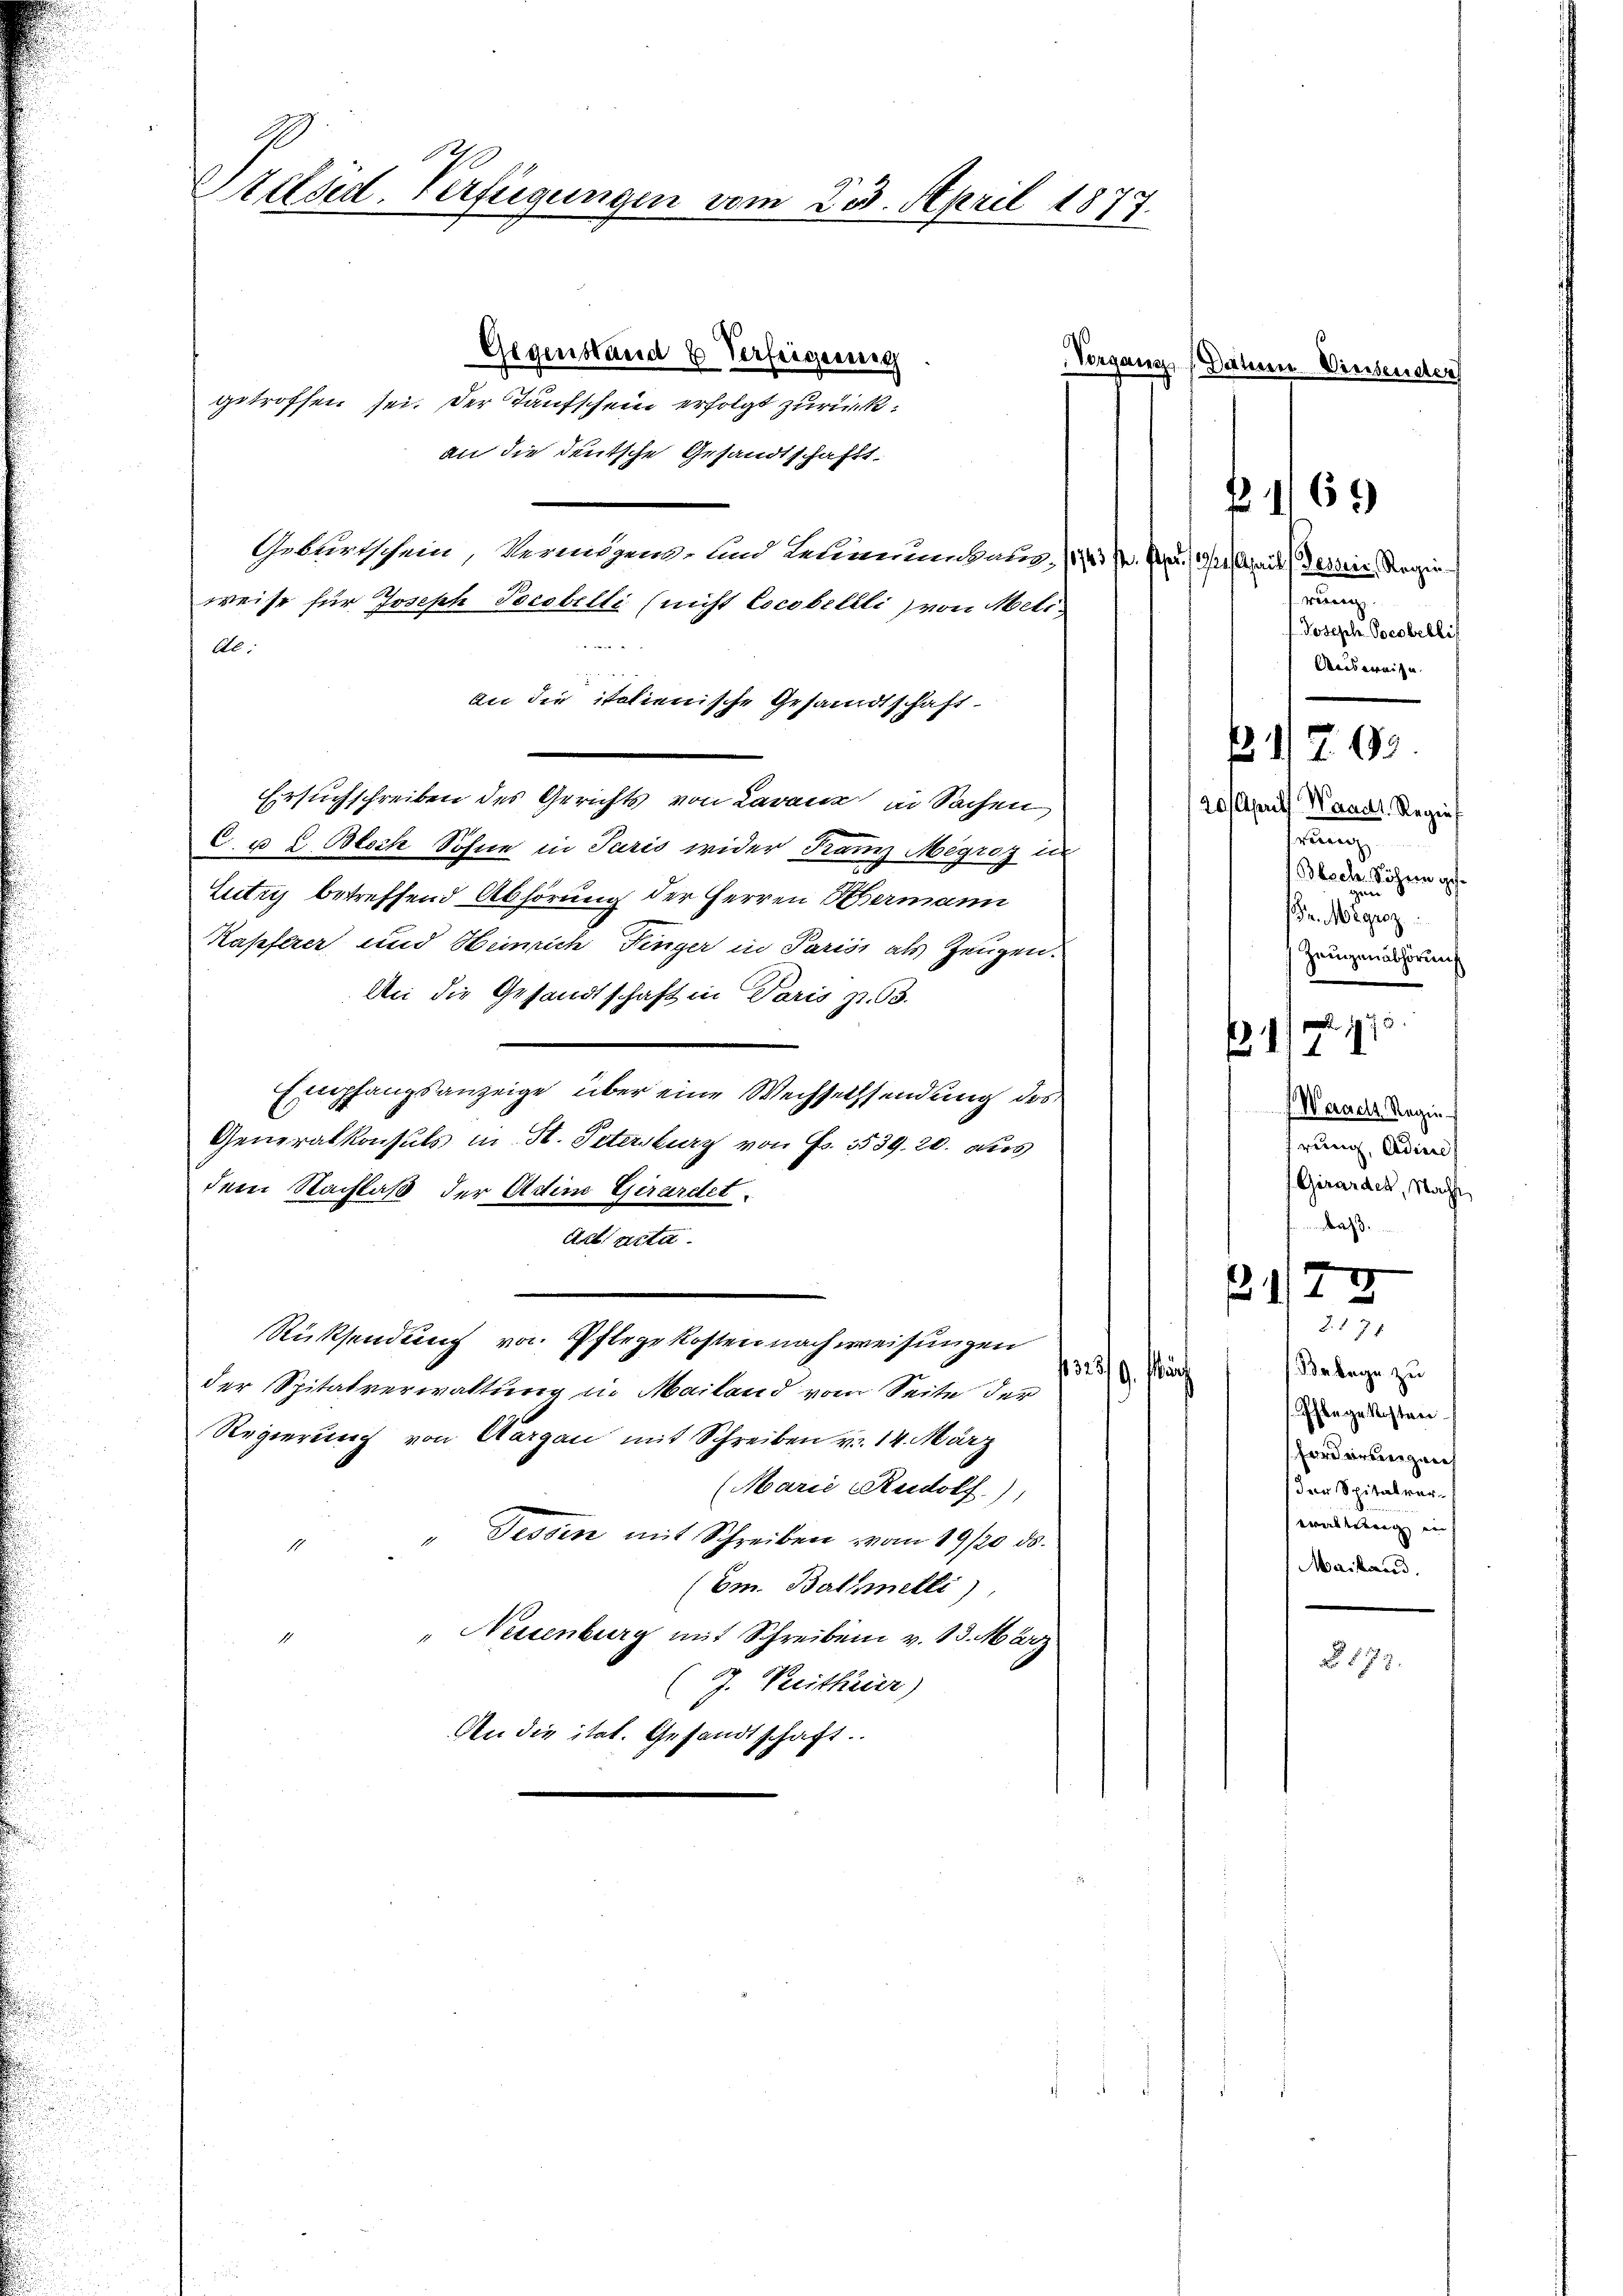
Preiser. Verfügungen vom 23. April 1877.

Gegenstand & Verfeigeneig
getroffen sei. Der Taufschein erfolgt zurückan die deutsche Gesandtschafts-
Geburtschein, Vermögens- und Leumungsausweise für Joseph Pocobelti (nicht Cocobellli) von Meti¬
Al.
An die italienische Gesandtschaft
Ersuchschreiben des Gerichts von Lavaux in Sachen
C. u 2. Bloch Sohne in Paris wider Kanz Megroz un
Lutry betreffend Abhörung der Herren Hermann
Kapferer und Heinrich Finger in Parisi als Zeugen.
An die Gesandtschaft in Paris zu. 63.
Empfangsanzeige über eine Wechsechsendung des
Generalkonsuls in St. Petersburg von Fr. 1539. 20. aus
dem Nachlaß der Adin Girardet
Art acta.
Rücksendung von Pflege kosten nach weisungen
der Spitalverwaltung in Mailand vom Seite der
Regierung von Aargau mit Schreiben v. 14. März
(Marie Rudolf)
" Tessin mit Schreiben vom 19/20. ds.
(Em. Bathmetti)
" Neuenburg mit Schreiben v. 13. März
(J. Vertheier)
An die ital. Gesandtschaft.

Vonsen

(Datum Vinsender

6)
f

114

s

) Z. 69.

R 12

Wernels Regie-
rung, Adien
Girardes, Nacht
rd.
e

15
2. 178
Belege zu
329. Ma
Pflegekosten.
Forderbergane
der Spitalvererallerung in
Mailand.

§ 173.

s. Person April, Tenoris Regieweren
Joseph Poestellis
Ausweise.

20 Aprill Waadt. Regie
verrenz
Blech. Söhnen ges¬

Zeugenabhörung